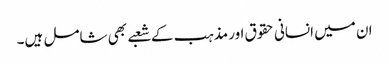
ان میں انسانی حقوق اور مذہب کے شعبے بھی شامل ہیں۔